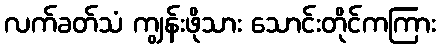
လက်ခတ်သံ ကျွန်းဖိုသား သောင်းတိုင်ကကြား